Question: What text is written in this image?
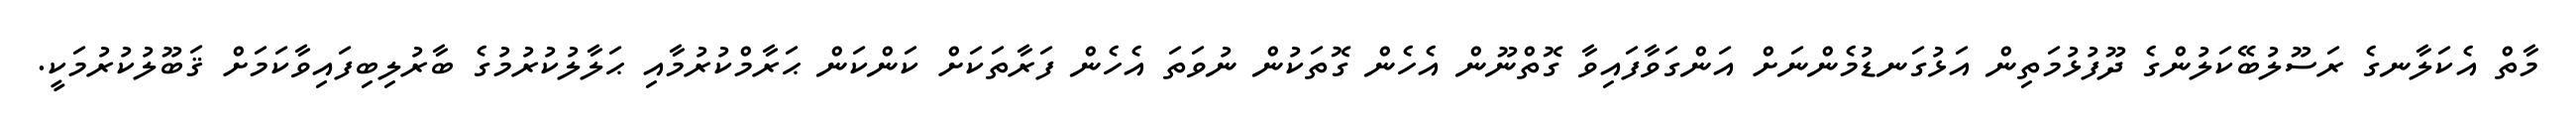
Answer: މާތް އެކަލާނގެ ރަސޫލުބޭކަލުންގެ ދޫފުޅުމަތިން އަޅުގަނޑުމެންނަށް އަންގަވާފައިވާ ގޮތްނޫން އެހެން ގޮތަކުން ނުވަތަ އެހެން ފަރާތަކަށް ކަންކަން ޙަރާމްކުރުމާއި ޙަލާލުކުރުމުގެ ބާރުލިބިފައިވާކަމަށް ޤަބޫލުކުރުމަކީ.